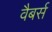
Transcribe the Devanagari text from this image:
वैबर्स